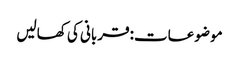
موضوعات:قربانی کی کھالیں